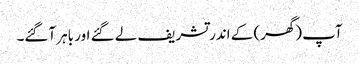
آپ (گھر) کے اندر تشریف لے گئے اور باہر آگئے۔